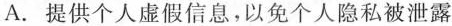
A.提供个人虚假信息，以免个人隐私被泄露